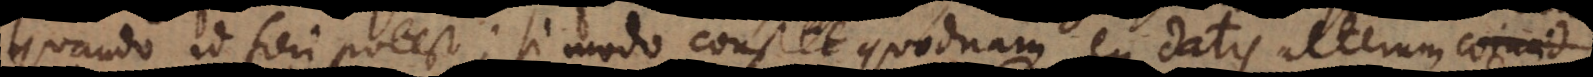
quando id fieri potest; si modo constet quodnam ex datis alterum coincid